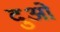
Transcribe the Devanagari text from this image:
दुओं